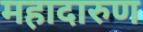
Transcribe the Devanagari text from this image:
महादारुण